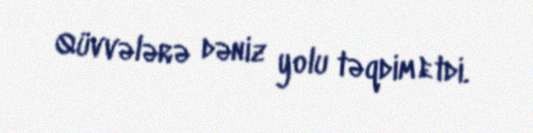
Qüvvələrə dəniz yolu təqdim etdi.